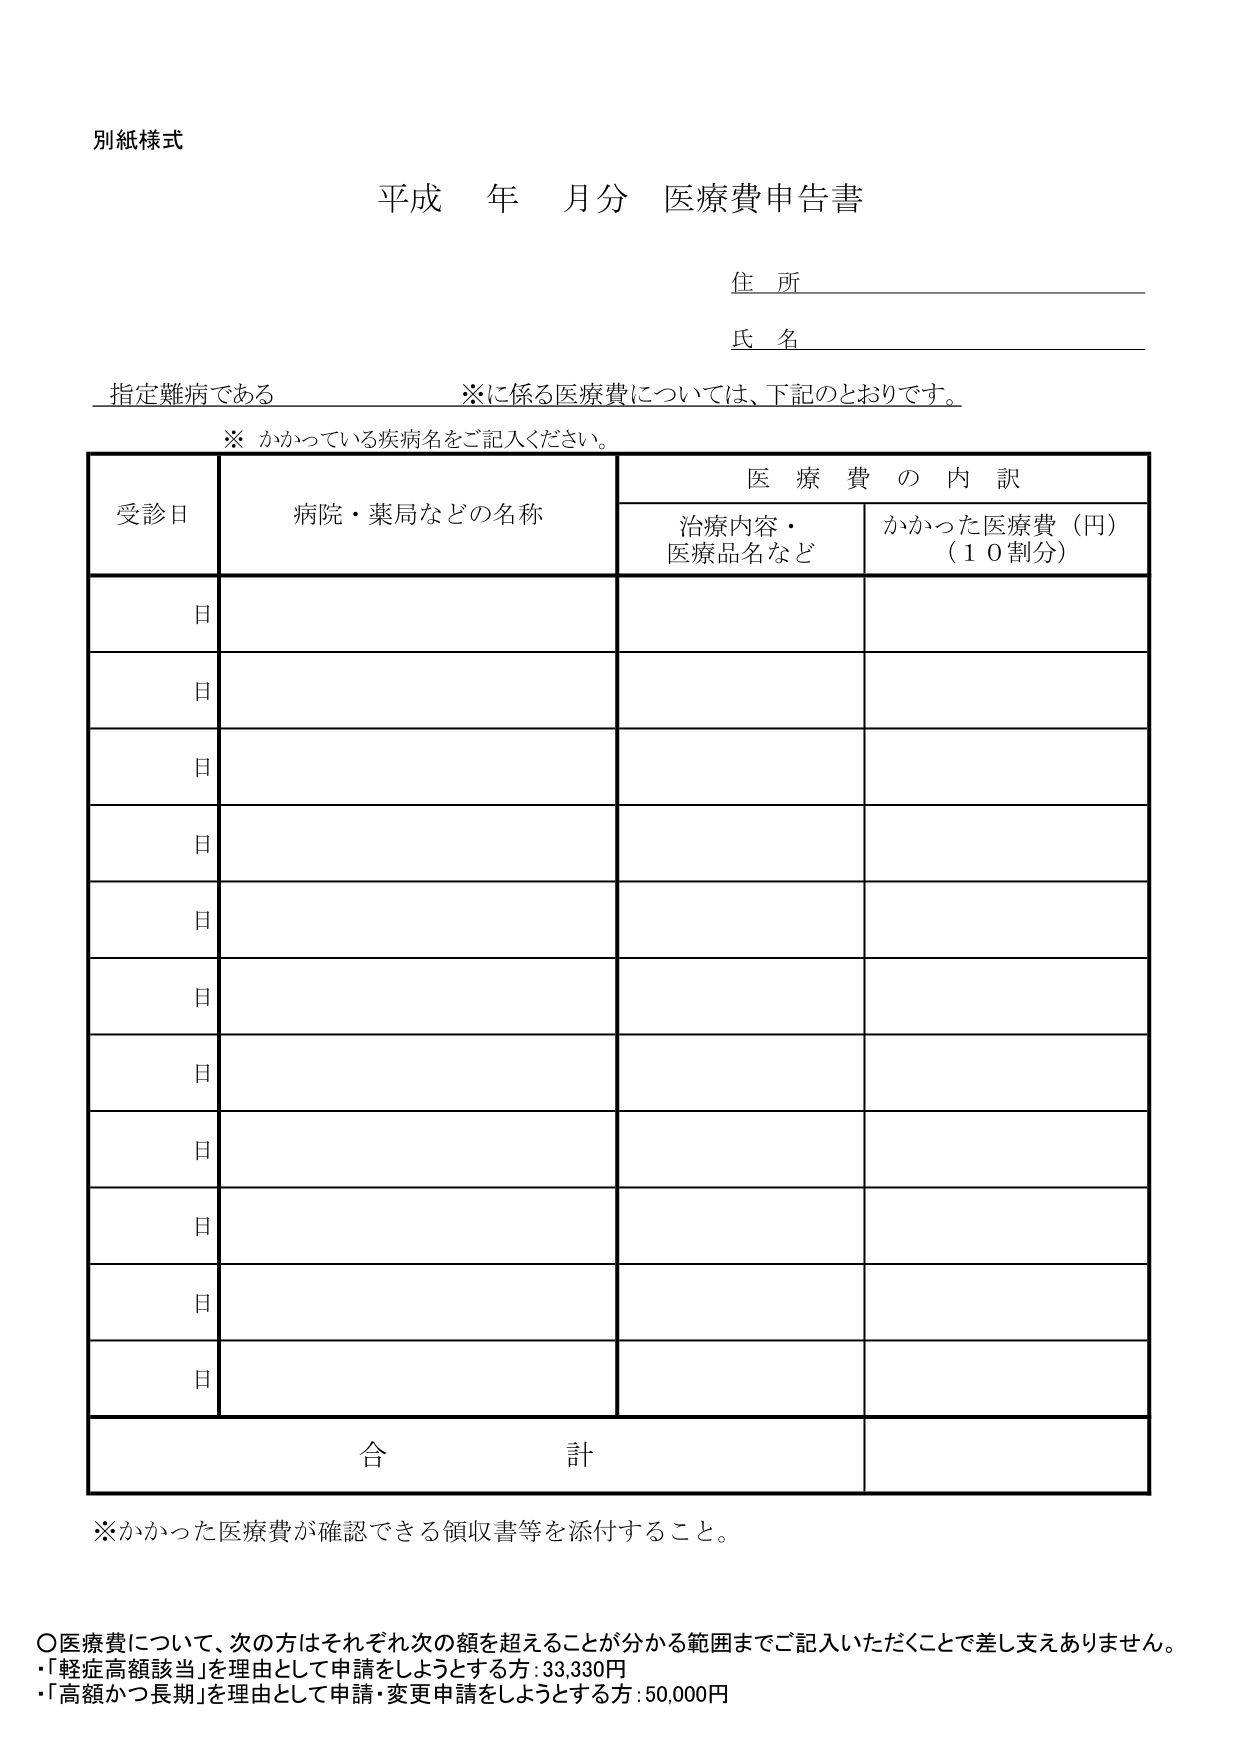
別紙様式
平成 年 月分 医療費申告書
住 所
氏 名
指定難病である ※に係る医療費については、下記のとおりです。
※ かかっている疾病名をご記入ください。

医 療 費 の 内 訳
受診日 病院・薬局などの名称 治療内容・医療品名など かかった医療費（円）（１０割分）
日
日
日
日
日
日
日
日
日
日
日
合 計

※かかった医療費が確認できる領収書等を添付すること。

〇医療費について、次の方はそれぞれ次の額を超えることが分かる範囲までご記入いただくことで差し支えありません。
・「軽症高額該当」を理由として申請をしようとする方：33,330円
・「高額かつ長期」を理由として申請・変更申請をしようとする方：50,000円